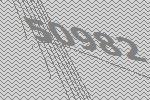
50982